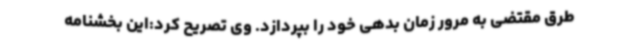
طرق مقتضی به مرور زمان بدهی خود را بپردازد. وی تصریح کرد:این بخشنامه